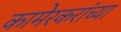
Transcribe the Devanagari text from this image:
कामेरकरांच्या